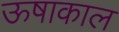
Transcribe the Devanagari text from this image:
ऊषाकाल